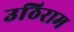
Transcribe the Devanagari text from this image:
उठिराम